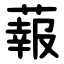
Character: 蕔